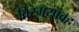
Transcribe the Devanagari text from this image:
विस्मयावह